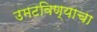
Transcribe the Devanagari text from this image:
उमटविण्याचा